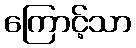
ကြောင့်သာ